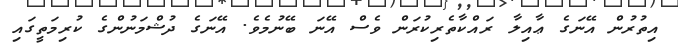
އިތުރުން އޭނަގެ ޢާއިލާ ރައްކާތެރިކުރަން ވެސް އޭނަ ބޭނުމެވެ. އޭނަގެ ދުޝްމަނުންގެ ކުރިމަތީގައި